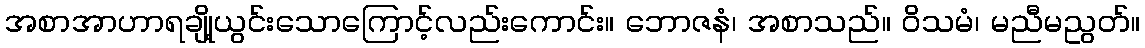
အစာအာဟာရချို့ယွင်းသောကြောင့်လည်းကောင်း။ ဘောဇနံ၊ အစာသည်။ ဝိသမံ၊ မညီမညွတ်။